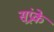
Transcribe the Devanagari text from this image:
संप्र्रके